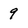
Character: 9